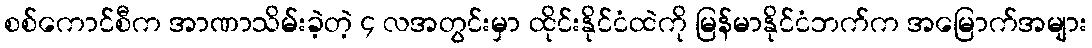
စစ်ကောင်စီက အာဏာသိမ်းခဲ့တဲ့ ၄ လအတွင်းမှာ ထိုင်းနိုင်ငံထဲကို မြန်မာနိုင်ငံဘက်က အမြောက်အများ